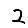
Digit: 2